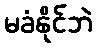
မခံနိုင်ဘဲ